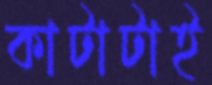
কাটাটাই